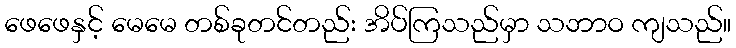
ဖေဖေနှင့် မေမေ တစ်ခုတင်တည်း အိပ်ကြသည်မှာ သဘာဝ ကျသည်။